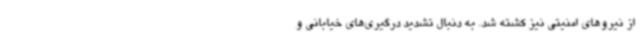
از نیروهای امنیتی نیز کشته شد. به دنبال تشدید درگیری‌های خیابانی و